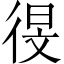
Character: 𫹗